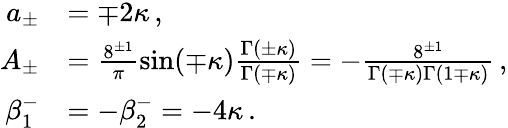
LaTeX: \begin{array}{rl}{a_{\pm}}&{=\mp 2\kappa\, ,}\\ {A_{\pm}}&{=\frac{8^{\pm 1}}{\pi}\sin(\mp\kappa)\frac{\Gamma(\pm\kappa)}{\Gamma(\mp\kappa)}=-\frac{8^{\pm 1}}{\Gamma(\mp\kappa)\Gamma(1\mp\kappa)}\, ,}\\ {\beta_{1}^{-}}&{=-\beta_{2}^{-}=-4\kappa\, .}\end{array}